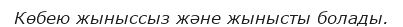
Көбею жыныссыз және жынысты болады.